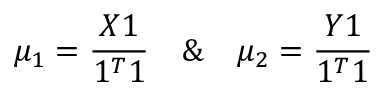
\mu _ { 1 } = \frac { X 1 } { 1 ^ { T } 1 } \quad \& \quad \mu _ { 2 } = \frac { Y 1 } { 1 ^ { T } 1 }